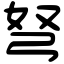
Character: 弩